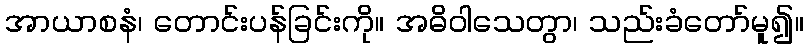
အာယာစနံ၊ တောင်းပန်ခြင်းကို။ အဓိဝါသေတွာ၊ သည်းခံတော်မူ၍။